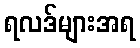
ရလဒ်များအရ